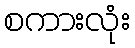
စကားလုံး